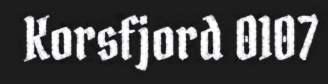
Korsfjord 0107